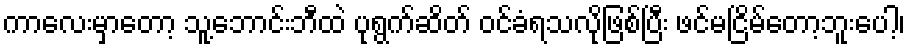
ကာလေးမှာတော့ သူ့ဘောင်းဘီထဲ ပုရွက်ဆိတ် ဝင်ခံရသလိုဖြစ်ပြီး ဖင်မငြိမ်တော့ဘူးပေါ့၊